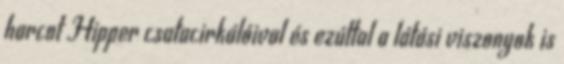
harcot Hipper csatacirkálóival és ezúttal a látási viszonyok is